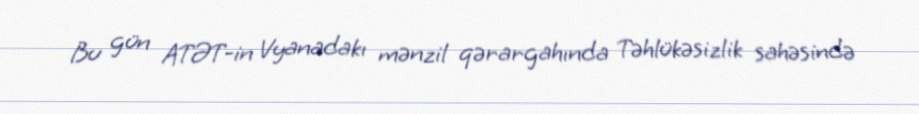
Bu gün ATƏT-in Vyanadakı mənzil qərargahında Təhlükəsizlik sahəsində